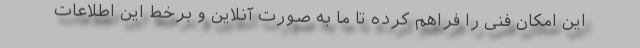
این امکان فنی را فراهم کرده تا ما به صورت آنلاین و برخط این اطلاعات